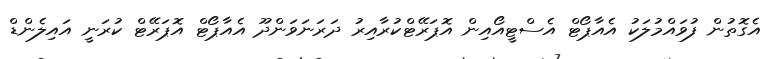
އެގޮތުން ފުވައްމުލަކު އެއާޕޯޓް އެސްޓީއޯއިން އޮޕަރޭޓްކުރާއިރު ދަރަނަވަންދޫ އެއާޕޯޓް އޮޕަރޭޓް ކުރަނީ އައިލެންޑް